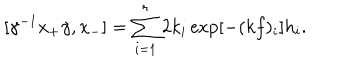
LaTeX: [ \gamma ^ { - 1 } x _ { + } \gamma , x _ { - } ] = \sum _ { i = 1 } ^ { r } 2 k _ { i } \exp [ - ( k f ) _ { i } ] h _ { i } .